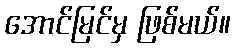
အောင်မြင်မှ ဖြစ်မယ်။